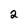
Character: 2